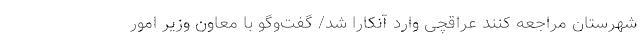
شهرستان مراجعه کنند عراقچی وارد آنکارا شد/ گفت‌وگو با معاون وزیر امور